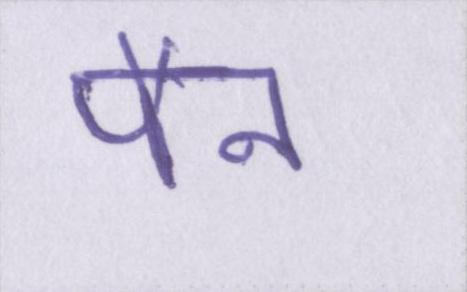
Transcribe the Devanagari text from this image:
पैन